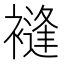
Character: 䙜